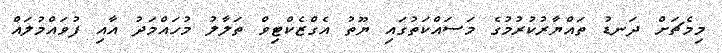
މިމެޗަށް ދަނޑު ތައްޔާރުކުރުމުގެ މަސައްކަތުގައި ޔޫތު އެގްޒެކްޓިވް ތަލާލު މުހައްމަދު އާއި ފުވައްމުލައް